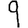
Digit: 9